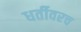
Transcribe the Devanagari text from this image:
धर्तीवरच